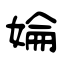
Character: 婨